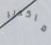
ماكدير